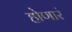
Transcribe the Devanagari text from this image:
होणारं